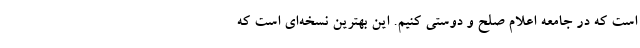
است که در جامعه اعلام صلح و دوستی کنیم. این بهترین نسخه‌ای است که